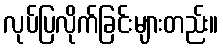
လုပ်ပြလိုက်ခြင်းများတည်း။